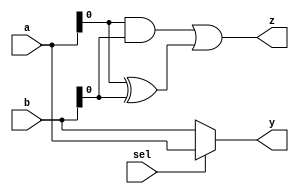
module combinational_logic (
    input wire [3:0] a,      // 4-bit input
    input wire [3:0] b,      // 4-bit input
    input wire sel,          // 1-bit selector input
    output reg [3:0] y,      // 4-bit output
    output reg z             // 1-bit output
);

    // Combinational logic block
    always @(*) begin
        // Example logic: Multiplexer and some arithmetic operation
        if (sel) begin
            y = a;            // If sel is high, output a
        end else begin
            y = b;            // If sel is low, output b
        end

        // Example arithmetic operation: AND and OR
        z = (a & b) | (a ^ b); // z is the result of (a AND b) OR (a XOR b)
    end

endmodule